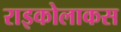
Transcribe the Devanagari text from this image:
राइकोलाकस